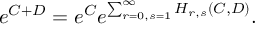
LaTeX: e ^ { C + D } = e ^ { C } e ^ { \sum _ { r = 0 , s = 1 } ^ { \infty } H _ { r , s } ( C , D ) } .